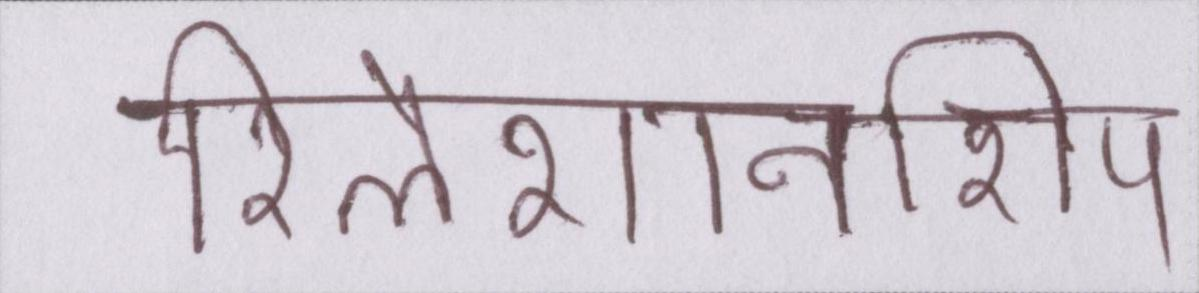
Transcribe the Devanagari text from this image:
रिलेशनशिप